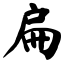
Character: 扁